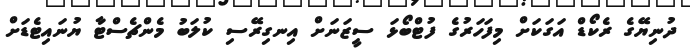
ދުނިޔޭގެ ރެކޯޑް އަގަކަށް މިފަހަރުގެ ފުޓްބޯޅަ ސީޒަނަށް އިނގިރޭސި ކުލަބު މެންޗެސްޓާ ޔުނައިޓެޑަށް